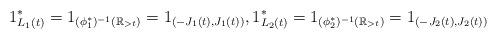
LaTeX: \begin{align*} 1_{L_1 (t)}^* = 1_{( \phi_1^* )^{-1} ( \mathbb{R}_{> t})} = 1_{( - J_1 (t) , J_1 (t) )}, 1_{L_2 (t)}^* = 1_{( \phi_2^* )^{-1} ( \mathbb{R}_{> t})} = 1_{( - J_2 (t) , J_2 (t) )} \end{align*}